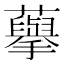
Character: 𮒾